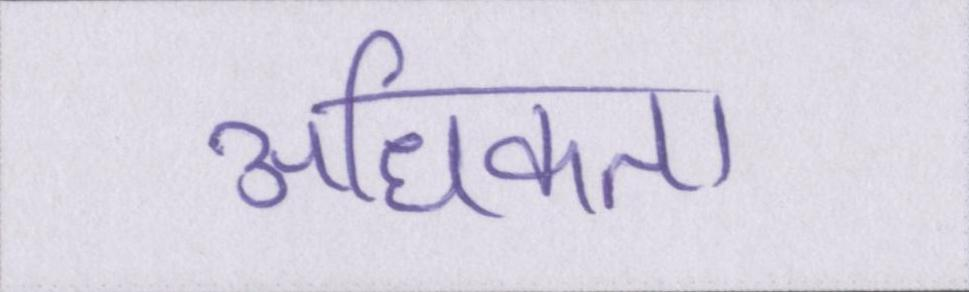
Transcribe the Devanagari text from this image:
अधिकता